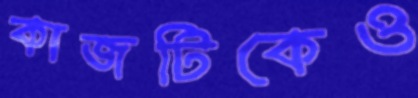
কাজটিকেও